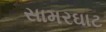
સામરઘાટ